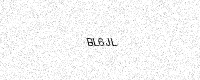
Text: BL6JL